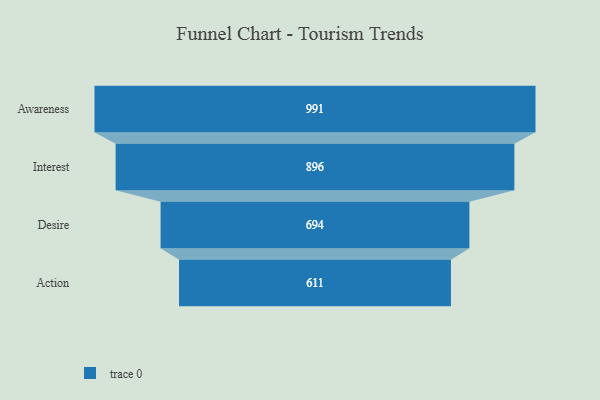
{"axis": {"x": "Stage", "y": "Value"}, "legend": [""], "data": [{"x": "Awareness", "y": 991.0, "type": ""}, {"x": "Interest", "y": 896.0, "type": ""}, {"x": "Desire", "y": 694.0, "type": ""}, {"x": "Action", "y": 611.0, "type": ""}]}